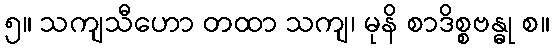
၅။ သကျသီဟော တထာ သကျ၊ မုနိ စာဒိစ္စဗန္ဓု စ။